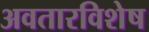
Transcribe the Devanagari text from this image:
अवतारविशेष